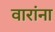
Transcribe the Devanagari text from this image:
वारांना